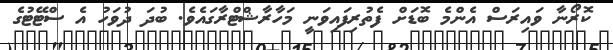
ކޮރޯނާ ވައިރަސް އެންމެ ބޮޑަށް ފެތުރިފައިވަނީ މަހާރާޝްޓްރާގައެވެ. ބުދަ ދުވަހު އެ ސްޓޭޓުގެ